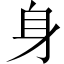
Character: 身